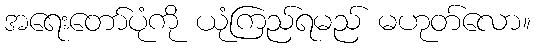
အရေးတော်ပုံကို ယုံကြည်ရမည် မဟုတ်လော။